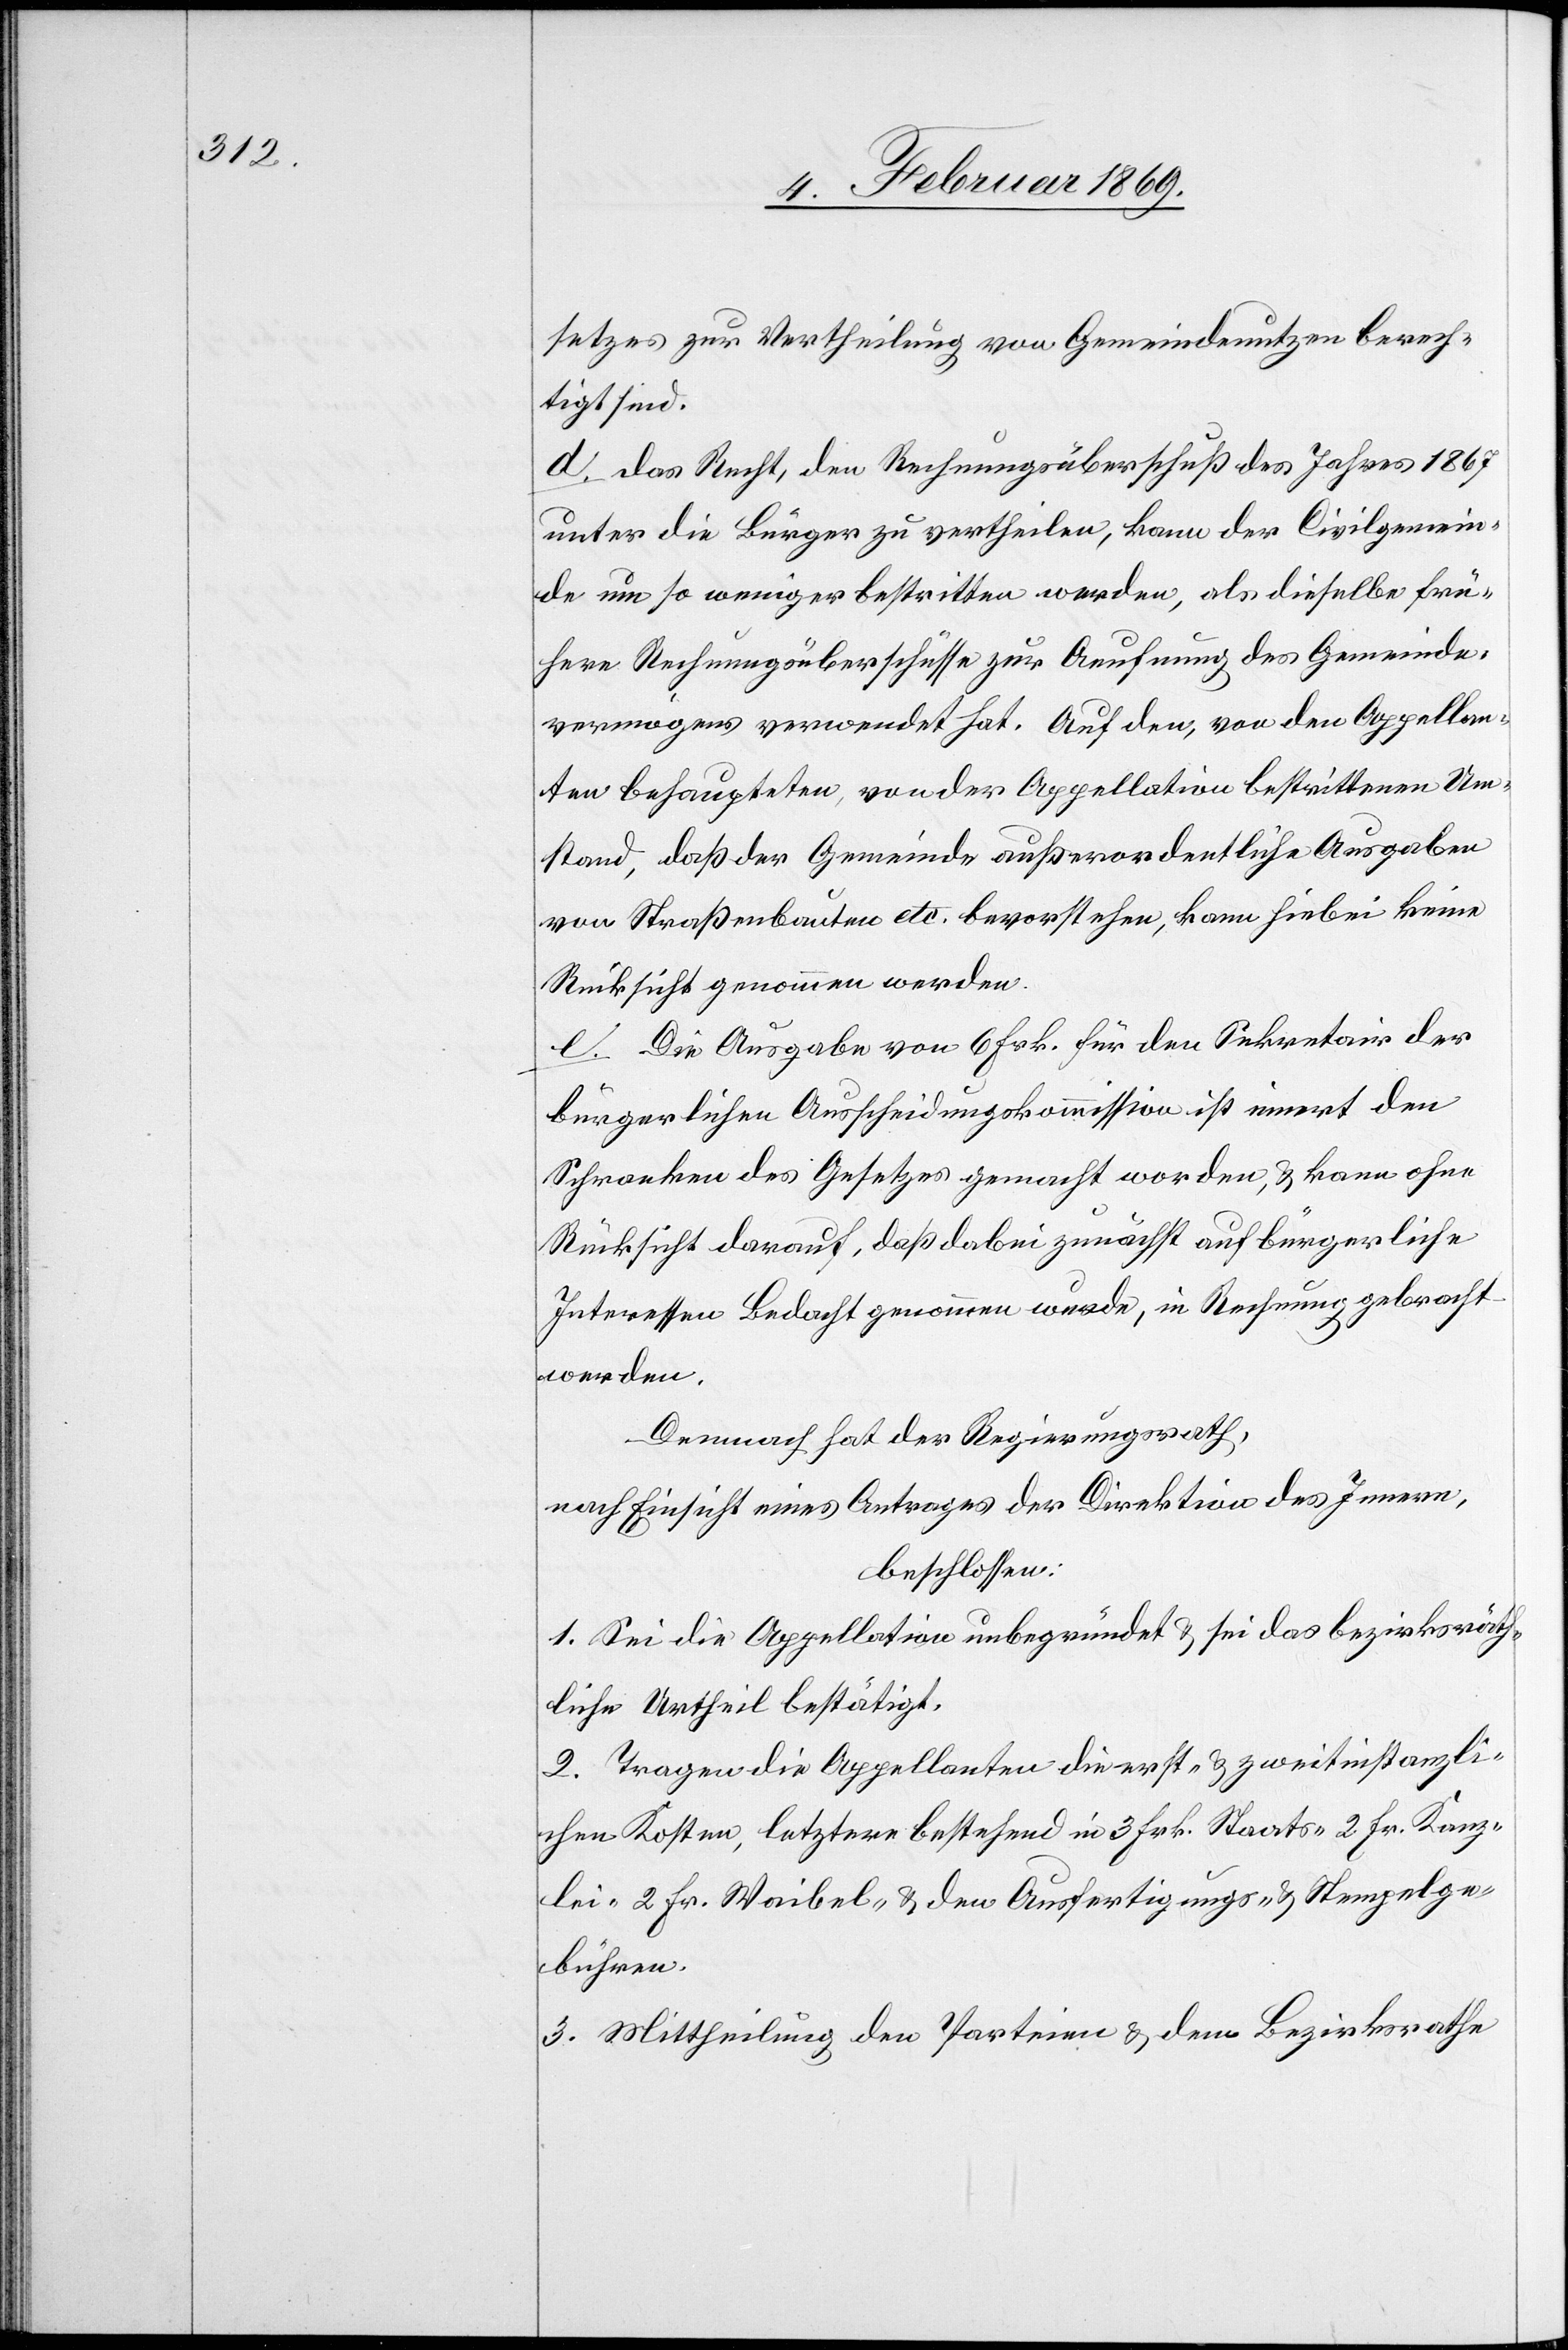
setzes zur Vertheilung von Gemeindenutzen berech¬
tigt sind.
d. Das Recht, den Rechnungsüberschuß des Jahres 1867
unter die Bürger zu vertheilen, kann der Civilgemein¬
de um so weniger bestritten werden, als dieselbe frü¬
here Rechnungsüberschüsse zur Aeufnung des Gemeinde¬
vermögens verwendet hat. Auf den, von den Appellan¬
ten behaupteten, von der Appellation bestrittenen Um¬
stand, daß der Gemeinde außerordentliche Ausgaben
von Straßenbauten etc. bevorstehen, kann hiebei keine
Rücksicht genommen werden.
e. Die Ausgabe von Frk. 6 für den Sekretair der
bürgerlichen Ausscheidungskommission ist innert den
Schranken des Gesetzes gemacht worden, u. kann ohne
Rücksicht darauf, daß dabei zunächst auf bürgerliche
Interessen Bedacht genommen wurde, in Rechnung gebracht
wErden.
Demnach hat der Regierungsrath,
nach Einsicht eines Antrages der Direktion des Innern,
beschlossen:
1. Sei die Appellation unbegründet u. sei das bezirksräth¬
liche Urtheil bestätigt.
2. Tragen die Appellanten die erst- u. zweitinstanzli¬
chen Kosten, letztere bestehend in 3 Frk. Staats- 2 Fr. Kanz¬
lei- 2 Fr. Waibel- u .den Ausfertigungs- u. Stempelge¬
bühren.
3. Mittheilung den Parteien u. dem Bezirksrathe